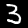
Digit: 3